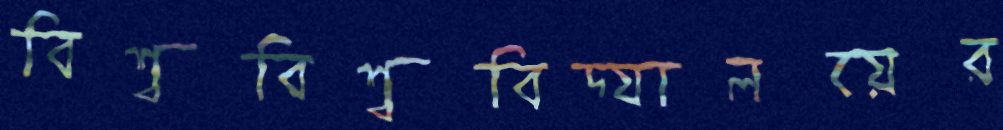
বিশ্ববিশ্ববিদ্যালয়ের